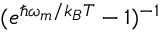
( e ^ { \hbar \omega _ { m } / k _ { B } T } - 1 ) ^ { - 1 }